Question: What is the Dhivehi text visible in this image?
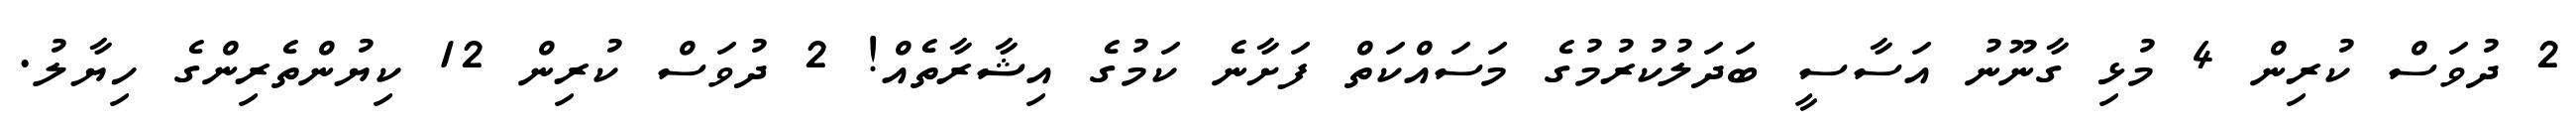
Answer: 2 ދުވަސް ކުރިން 4 މުޅި ގާނޫނު އަސާސީ ބަދަލުކުރުމުގެ މަސައްކަތް ފަށާނެ ކަމުގެ އިޝާރާތެއް! 2 ދުވަސް ކުރިން 12 ކިޔުންތެރިންގެ ހިޔާލު.